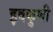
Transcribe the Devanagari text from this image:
इवकुणी